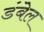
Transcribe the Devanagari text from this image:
डंबेल